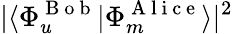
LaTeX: |\langle{\Phi_{u}^{\mathrm{~B~o~b~}}}|{\Phi_{m}^{\mathrm{~A~l~i~c~e~}}}\rangle|^{2}